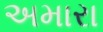
અમારા